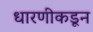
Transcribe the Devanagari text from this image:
धारणीकडून